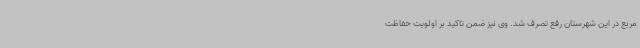
مربع در این شهرستان رفع تصرف شد. وی نیز ضمن تاکید بر اولویت حفاظت